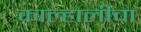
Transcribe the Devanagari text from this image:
काल्हालीचा